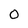
Character: O